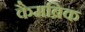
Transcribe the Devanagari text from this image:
कैमब्रिक